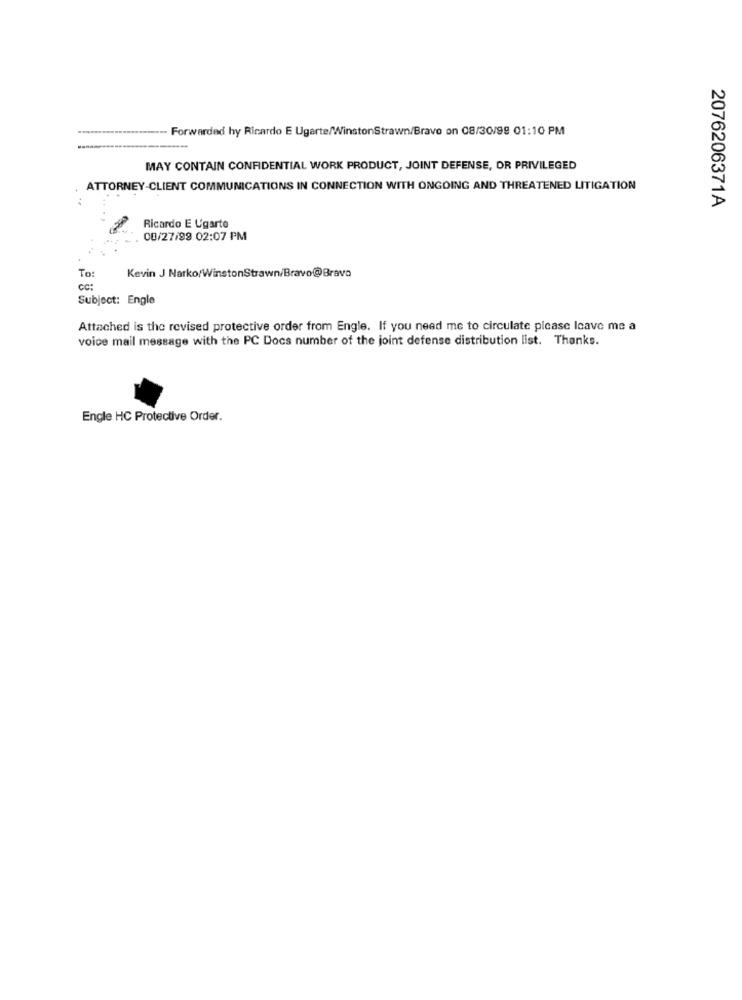
Forwarded hy Ricardo E Ugarte/WinstonStrawn/Bravo on 08/30/99 01:10 PM
MAY CONTAIN CONFIDENTIAL WORK PRODUCT, JOINT DEFENSE, OR PRIVILEGED
ATTORNEY-CLIENT COMMUNICATIONS IN CONNECTION WITH ONGOING AND THREATENED LITIGATION
2076206371A
Ricardo E Ugarte
00/27/99 02:07 PM
To:
Kevin J Narko/WinstonStrawn/Bravo@Bravo
cc:
Subject: Engle
Attached is the revised protective order from Engle. If you need me to circulate please leave me a
voice mail message with the PC Docs number of the joint defense distribution list. Thanks.
Engle HC Protective Order.